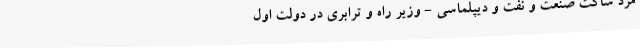
مردِ ساکتِ صنعت و نفت و دیپلماسی - وزیر راه‌ و‌ ترابری در دولت اول